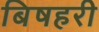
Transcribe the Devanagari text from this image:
बिषहरी